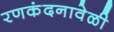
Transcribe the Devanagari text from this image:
रणकंदनावेळी